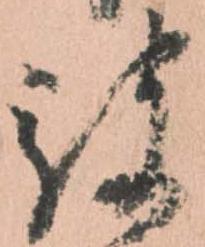
被